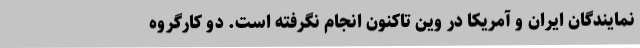
نمایندگان ایران و آمریکا در وین تاکنون انجام نگرفته است. دو کارگروه